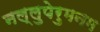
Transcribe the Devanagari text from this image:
नल्लुपेरुमनम